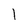
Character: l